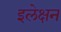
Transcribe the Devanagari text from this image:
इलेक्षन